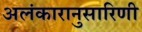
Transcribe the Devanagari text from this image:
अलंकारानुसारिणी